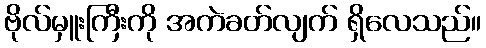
ဗိုလ်မှူးကြီးကို အကဲခတ်လျက် ရှိလေသည်။